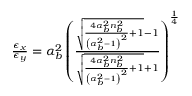
\begin{array} { r } { \frac { \epsilon _ { x } } { \epsilon _ { y } } = \alpha _ { b } ^ { 2 } \left( \frac { \sqrt { \frac { 4 \alpha _ { b } ^ { 2 } n _ { b } ^ { 2 } } { \left( \alpha _ { b } ^ { 2 } - 1 \right) ^ { 2 } } + 1 } - 1 } { \sqrt { \frac { 4 \alpha _ { b } ^ { 2 } n _ { b } ^ { 2 } } { \left( \alpha _ { b } ^ { 2 } - 1 \right) ^ { 2 } } + 1 } + 1 } \right) ^ { \frac { 1 } { 4 } } } \end{array}